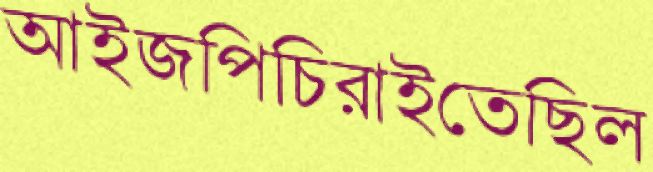
আইজপিচিরাইতেছিল